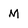
Character: M